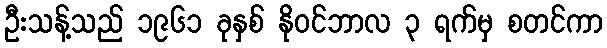
ဦးသန့်သည် ၁၉၆၁ ခုနှစ် နိုဝင်ဘာလ ၃ ရက်မှ စတင်ကာ